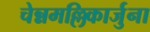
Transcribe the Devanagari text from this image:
चेन्नमल्लिकार्जुना